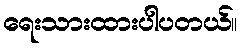
ရေးသားထားပါပတယ်။